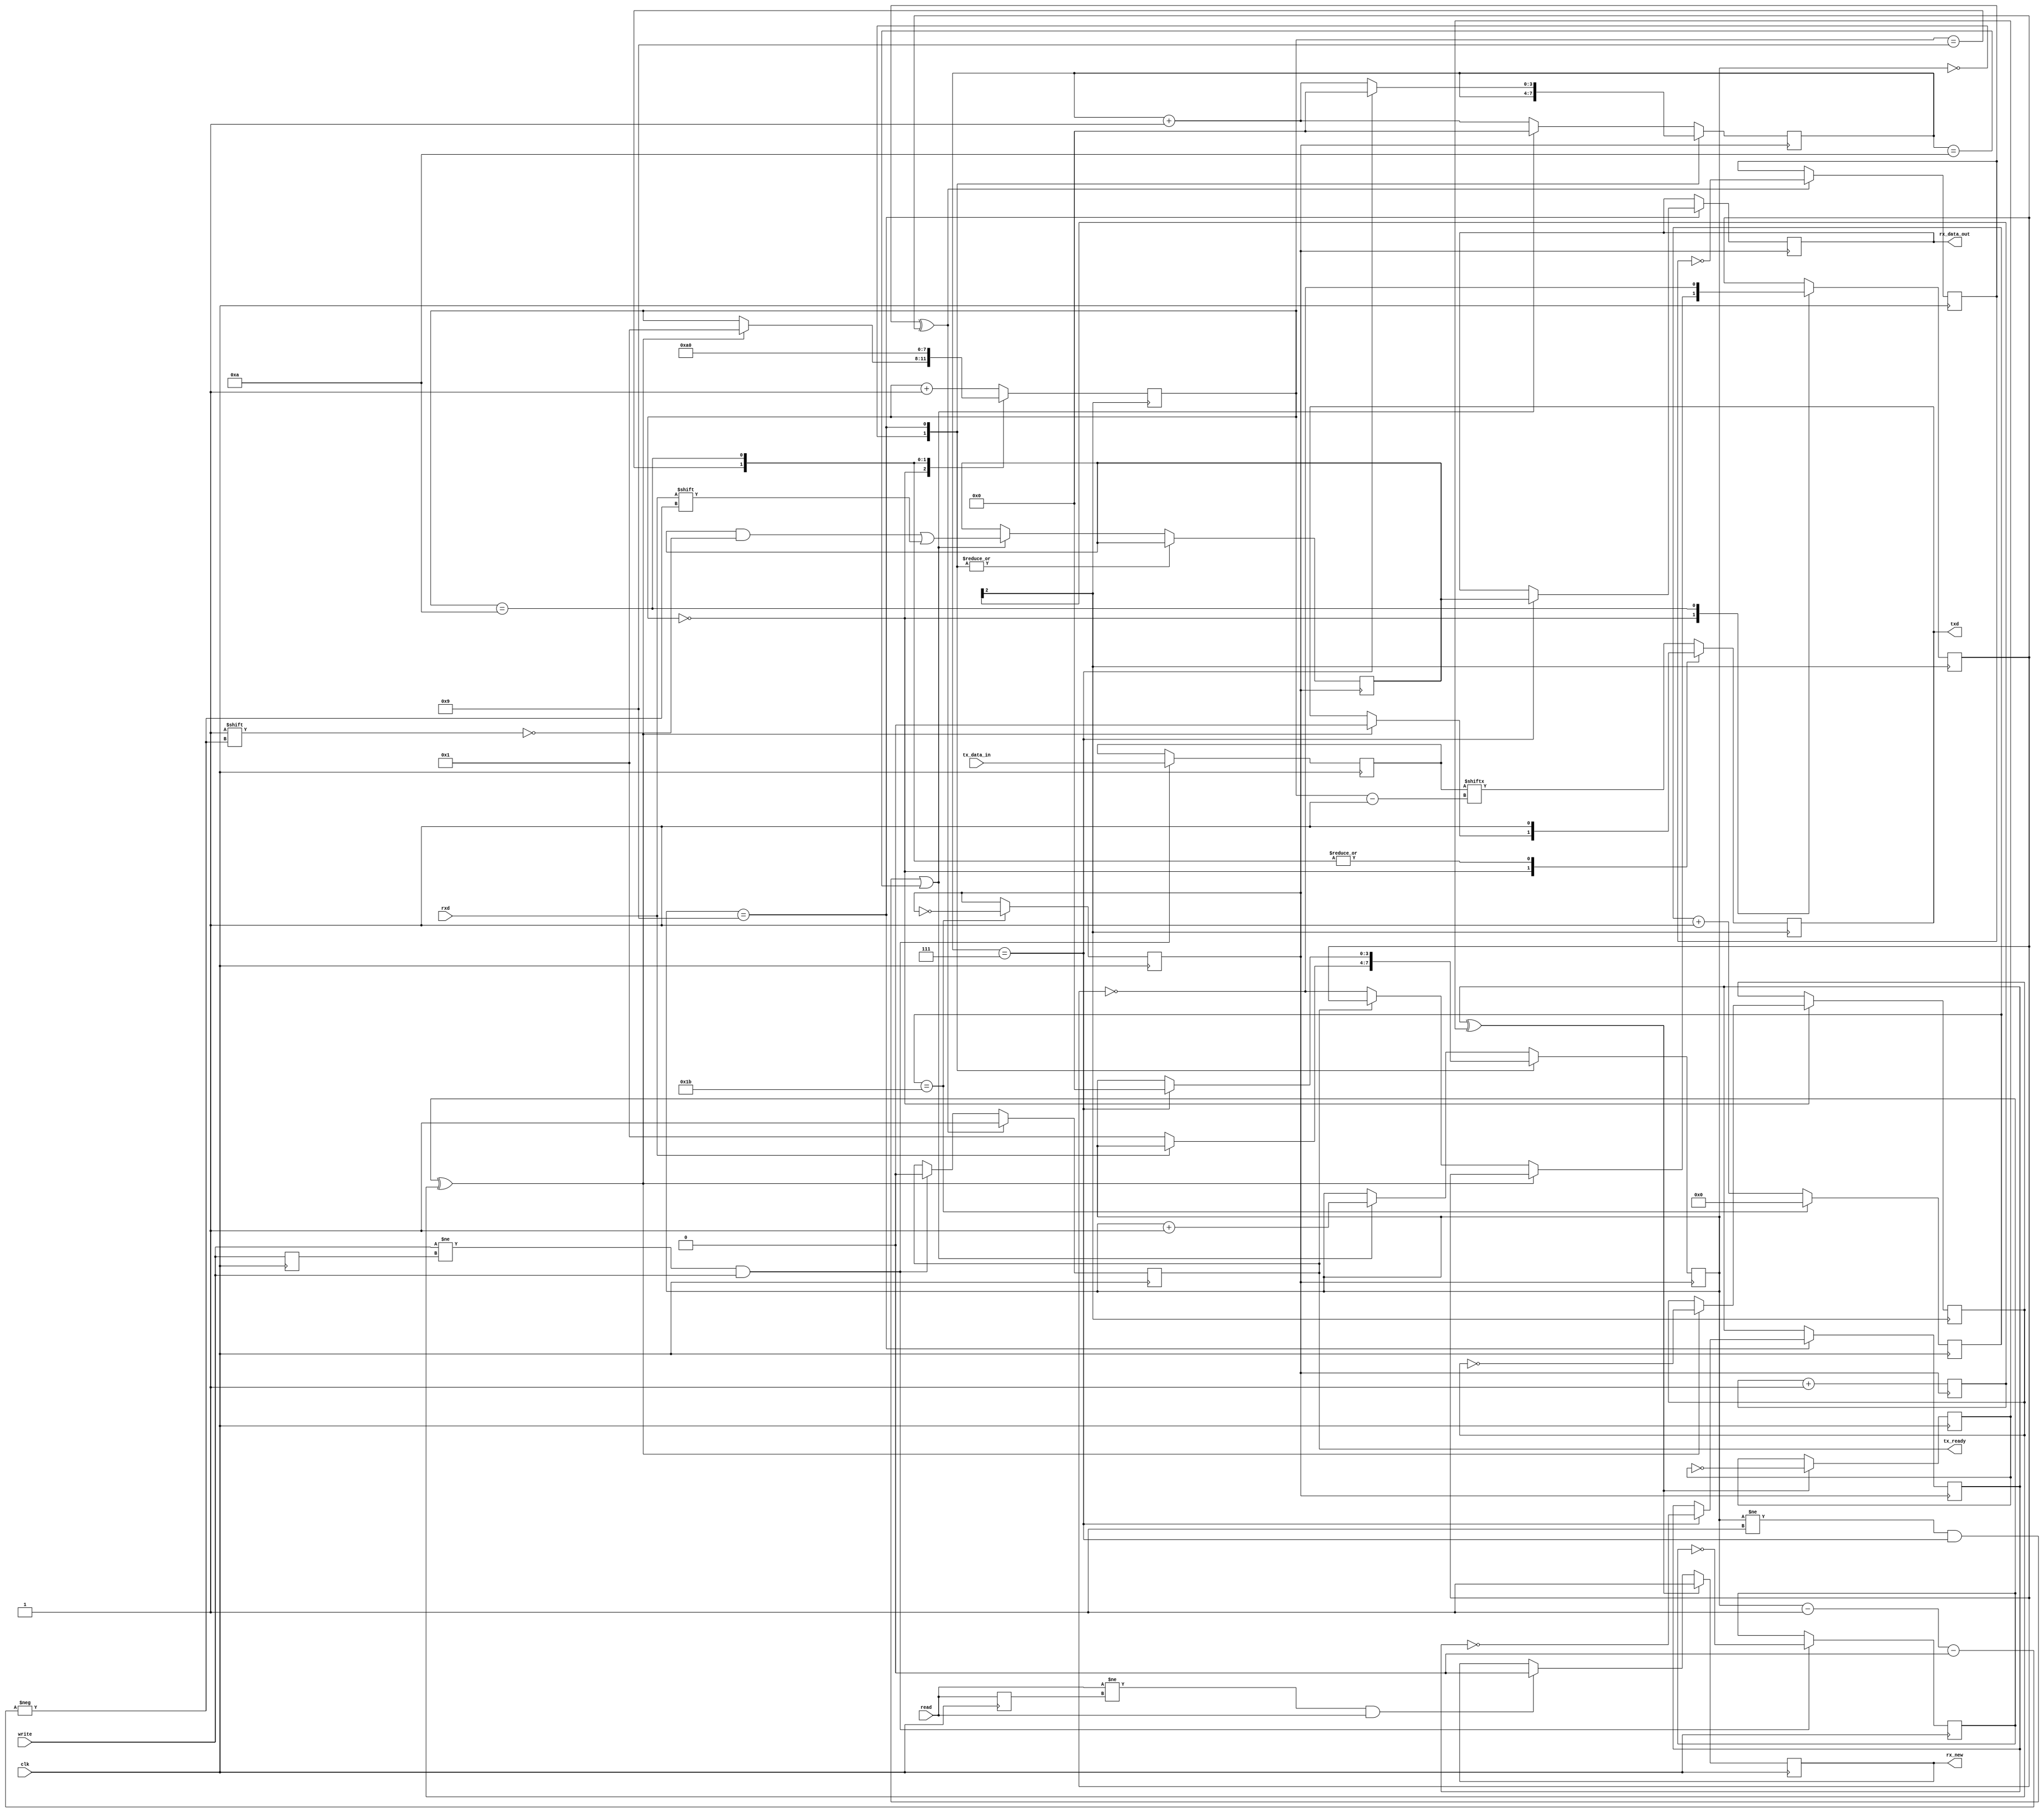
module uart(
    input wire rxd,
    output reg txd,
    input wire clk,

    output reg [7:0] rx_data_out,
    input wire [7:0] tx_data_in,
    output reg rx_new,
    output reg tx_ready,
    input wire write,
    input wire read
);

initial begin
    txd <= 1'b1;
    tx_ready <= 1'b1;
    rx_new <= 1'b0;
    rx_data_out <= 8'b0;
end

reg baudclk8 = 1'b0; //9600*8=76800 Hz 115200*8=921600
reg [3:0] txclkcnt = 4'b0;
reg [8:0] clkcnt = 9'b0;
always @(posedge clk) begin
    if(clkcnt == 27) begin
        baudclk8 = ~baudclk8;
        clkcnt <= 0;
    end else begin
        clkcnt <= clkcnt+1;
    end
end

//sync regs
reg prev_write = 1'b0, prev_read = 1'b0;
reg xor_write_pulse = 1'b0, xor_write_ack = 1'b0;
wire write_p = xor_write_pulse ^ xor_write_ack;
reg xor_rx_new = 1'b0, xor_tx_ready = 1'b0, prev_xor_rx_new = 1'b0, prev_xor_tx_ready = 1'b0;

reg [3:0] state = 4'b0;
reg [3:0] sub_clk_cnt = 4'b0;
reg [7:0] rx_data;
always @(posedge baudclk8) begin
    txclkcnt <= txclkcnt + 4'b1;
    case (state)
        4'b0: begin
            // if start bit
            if(rxd == 1'b0) begin
                state <= 1'b1;
            end
        end
        4'b1001: begin
            if(sub_clk_cnt == 4'b0111) begin
                //state <= 4'b1010; //stop bit
                sub_clk_cnt <= 4'b0;
                state <= 4'b0;
                xor_rx_new <= ~xor_rx_new;
                rx_data_out <= rx_data;
            end else begin
                sub_clk_cnt <= sub_clk_cnt+4'b1;
            end
        end
        default: begin // default read bit
            if((state != 4'b1 && sub_clk_cnt == 4'b0111) || sub_clk_cnt == 4'b1010) begin //delay first clock by one and half
//               txd <= ~txd;
                rx_data[state-4'b1] <= rxd;
                state <= state+4'b1;
                sub_clk_cnt <= 4'b0;
            end else begin
                sub_clk_cnt <= sub_clk_cnt+4'b1;
            end
        end
    endcase
end

reg [3:0] txstate = 4'b0;
reg [7:0] tx_data = 8'b0;
always @(posedge txclkcnt[2]) begin
    case (txstate)
        4'b0: begin //start bit
            if(write_p == 1'b1) begin
                txd <= 1'b0;
                txstate <= 4'b0001;
                xor_write_ack <= ~xor_write_ack;
            end else if (tx_ready == 1'b0) begin
                xor_tx_ready <= ~xor_tx_ready;
            end
        end
        4'b1001: begin //stop
            txstate <= 4'b1010;
            txd <= 1'b1;
        end
        4'b1010: begin //reset
            txstate <= 4'b0;
            xor_tx_ready <= ~xor_tx_ready;
            txd <= 1'b1;
        end
        default: begin // tx
            txd <= tx_data[txstate-4'b1];
            txstate <= txstate+4'b1;
        end
    endcase
end

// sync
always @(posedge clk) begin
    if(write != prev_write && write == 1'b1) begin
        xor_write_pulse <= ~xor_write_pulse;
        tx_ready <= 1'b0;
        tx_data <= tx_data_in;
    end
    if(read != prev_read && read == 1'b1) begin
        rx_new <= 1'b0;
    end
    if(xor_rx_new ^ prev_xor_rx_new) begin
        rx_new <= 1'b1;
        prev_xor_rx_new <= ~prev_xor_rx_new;
    end
    if(prev_xor_tx_ready ^ xor_tx_ready) begin
        tx_ready <= 1'b1;
        prev_xor_tx_ready <= ~prev_xor_tx_ready;
    end
    prev_write <= write;
    prev_read <= read;
end
endmodule